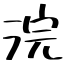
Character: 浣